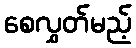
စေလွှတ်မည့်